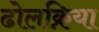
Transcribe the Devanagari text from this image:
ढोलक्रिया